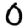
Digit: 0